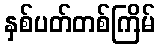
နှစ်ပတ်တစ်ကြိမ်